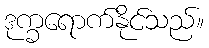
ဒုက္ခရောက်နိုင်သည်။